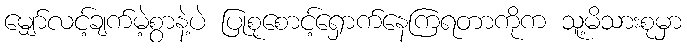
မျှော်လင့်ချက်မဲ့စွာနဲ့ပဲ ပြုစုစောင့်ရှောက်နေကြရတာကိုက သူ့မိသားစုမှာ